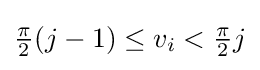
{\textstyle {\frac {\pi }{2}}(j-1)\leq v_{i}<{\frac {\pi }{2}}j}